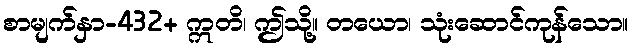
စာမျက်နှာ-432+ ဣတိ၊ ဤသို့။ တယော၊ သုံးဆောင်ကုန်သော။